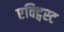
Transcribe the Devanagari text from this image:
एक्ट्विस्ट